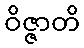
ဝိဇ္ဇာတိ